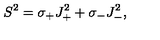
S ^ { 2 } = \sigma _ { + } J _ { + } ^ { 2 } + \sigma _ { - } J _ { - } ^ { 2 } ,